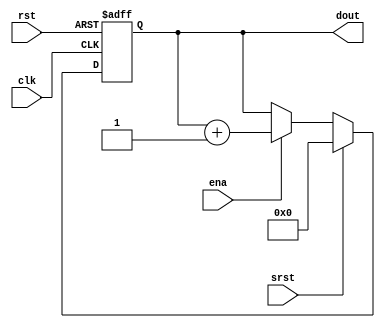
`timescale 1ns / 1ps
//===========================================================================
//  Copyright(c) 2022 Purple Mountain Obvservatory. All rights reserved
//  Department:         Key Laboratory of Dark Mater & Space Astronomy
//  Designer:           Zhang Yan
//---------------------------------------------------------------------------
//  Project:            *****************************************
//  Device:             *****************************************
//  Module Name:        CNT_ASCE
//  Description:        Counter with Asynchronous Reset, Synchronous Reset and Enable
//  Version:            1.0
//---------------------------------------------------------------------------
//  Parameters
//  Name                Range           Descriptioin
//  WIDTH               [2,32]          width of the shift register
//---------------------------------------------------------------------------
//  REUSE ISSUES
//  Reset Strategy:     Asynchronous, Active High Reset; Synchronous Active High Reset
//  Clock Domains:      Single Clock Positive Edge
//  Instantiations:     None
//  Synthesizable:      Yes
//---------------------------------------------------------------------------
//  REVISE HISTORY
//  2022-09-27          Zhang Yan       File Created
//  
//===========================================================================
module CNT_ASCE
    #(parameter         WIDTH = 4)
    (
    input               clk,            //module clock
    input               rst,            //module reset high active
    input               srst,           //module synchronous reset
    input               ena,            //counter enable high active
    output[WIDTH-1:0]   dout            //counter data
    );


    reg[WIDTH-1:0]      registers;
    assign              dout = registers;

    always @(posedge clk or posedge rst) begin
        if (rst == 1'b1) registers <= 0;
        else begin
            if (srst == 1'b1) registers <= 0;
            else begin
                if (ena==1'b1) registers <= registers + 1'b1;
                else registers <= registers;
            end
        end
    end

endmodule